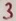
Text: 3